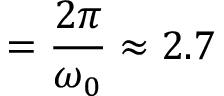
= \frac { 2 \pi } { \omega _ { 0 } } \approx 2 . 7